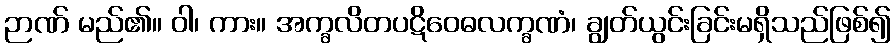
ဉာဏ် မည်၏။ ဝါ၊ ကား။ အက္ခလိတပဋိဝေဓလက္ခဏံ၊ ချွတ်ယွင်းခြင်းမရှိသည်ဖြစ်၍